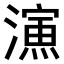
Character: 𣿶